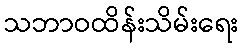
သဘာဝထိန်းသိမ်းရေး